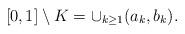
LaTeX: \begin{align*}[0,1]\setminus K=\cup_{k\geq 1}(a_k,b_k). \end{align*}